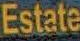
Estate